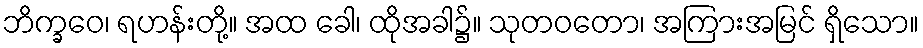
ဘိက္ခဝေ၊ ရဟန်းတို့။ အထ ခေါ၊ ထိုအခါ၌။ သုတဝတော၊ အကြားအမြင် ရှိသော။